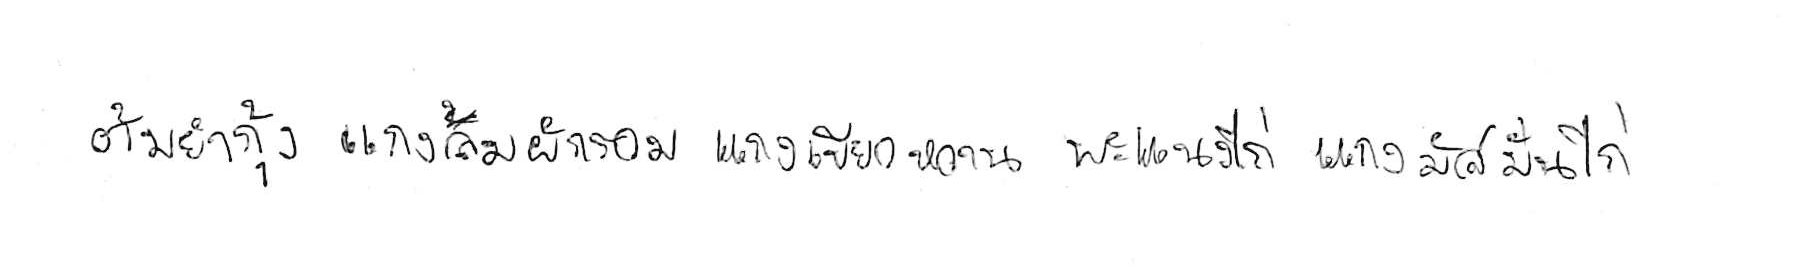
ต้มยำกุ้ง แกงส้มผักรวม แกงเขียวหวาน พะแนงไก่ แกงมัสมั่นไก่